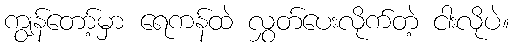
ကျွန်တော့်မှာ ရေကန်ထဲ လွှတ်ပေးလိုက်တဲ့ ငါးလိုပဲ။